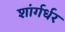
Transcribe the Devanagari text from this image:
शांर्गर्धर